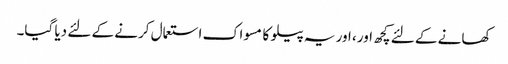
کھانے کے لئے کچھ اور، اور یہ پیلو کا مسواک استعمال کرنے کے لئے دیا گیا۔